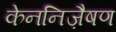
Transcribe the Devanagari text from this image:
केननिज़ैषण